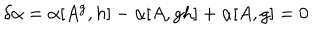
\delta \alpha = \alpha [ A ^ { g } , h ] - \alpha [ A , g h ] + \alpha [ A , g ] = 0